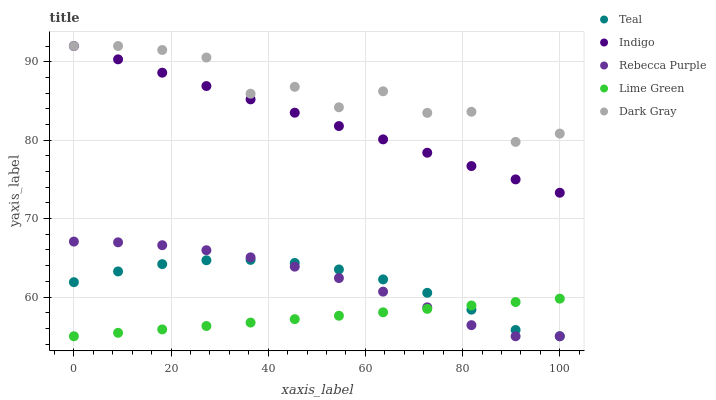
| xaxis_label | Teal | Indigo | Rebecca Purple | Lime Green | Dark Gray |
 | --- | --- | --- | --- | --- | --- |
 | 0 | 61.9 | 92 | 67.1 | 55 | 92 |
 | 9.09 | 63.3 | 90.3 | 67 | 55.4 | 92 |
 | 18.2 | 64.2 | 88.6 | 66.6 | 55.9 | 91.5 |
 | 27.3 | 64.7 | 86.9 | 66 | 56.3 | 90.5 |
 | 36.4 | 64.7 | 85.2 | 65.1 | 56.7 | 85.9 |
 | 45.5 | 64.3 | 83.5 | 63.9 | 57.2 | 86.8 |
 | 54.5 | 63.5 | 81.8 | 62.4 | 57.6 | 84.2 |
 | 63.6 | 62.2 | 80.1 | 60.7 | 58.1 | 86.2 |
 | 72.7 | 60.5 | 78.4 | 58.7 | 58.5 | 83.5 |
 | 81.8 | 58.4 | 76.7 | 56.4 | 58.9 | 83.6 |
 | 90.9 | 55.8 | 75 | 55 | 59.4 | 79.8 |
 | 100 | 55 | 73.3 | 55 | 59.8 | 80.8 |